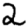
Digit: 2